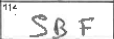
Transcription: SBF